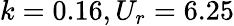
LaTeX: k=0.16,U_{r}=6.25